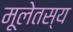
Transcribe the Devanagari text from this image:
मूलेतस्य